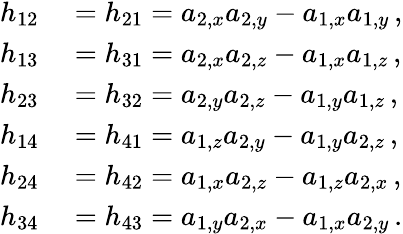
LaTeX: \begin{array}{rl}{h_{12}}&{{}=h_{21}=a_{2,x}a_{2,y}-a_{1,x}a_{1,y}\, ,}\\ {h_{13}}&{{}=h_{31}=a_{2,x}a_{2,z}-a_{1,x}a_{1,z}\, ,}\\ {h_{23}}&{{}=h_{32}=a_{2,y}a_{2,z}-a_{1,y}a_{1,z}\, ,}\\ {h_{14}}&{{}=h_{41}=a_{1,z}a_{2,y}-a_{1,y}a_{2,z}\, ,}\\ {h_{24}}&{{}=h_{42}=a_{1,x}a_{2,z}-a_{1,z}a_{2,x}\, ,}\\ {h_{34}}&{{}=h_{43}=a_{1,y}a_{2,x}-a_{1,x}a_{2,y}\, .}\end{array}